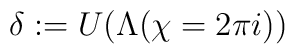
\delta :=U(\Lambda (\chi =2\pi i))